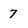
Character: 7